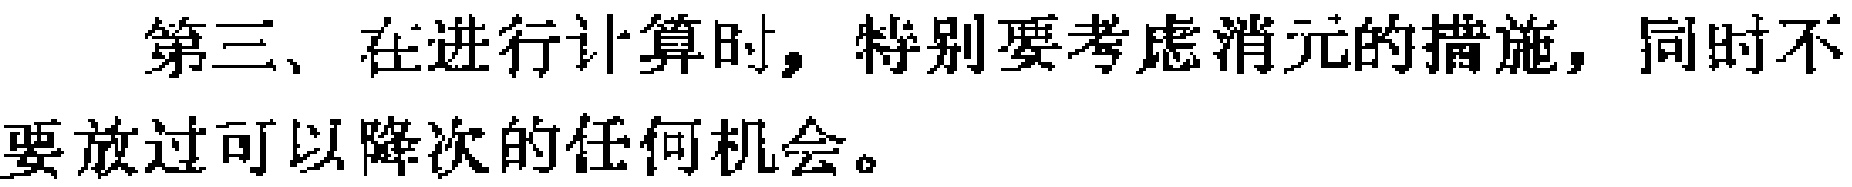
第三、在进行计算时，特别要考虑消元的措施，同时不要放过可以降次的任何机会。